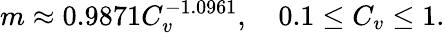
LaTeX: m\approx 0.9871C_{v}^{-1.0961},\quad 0.1\le C_{v}\le 1.